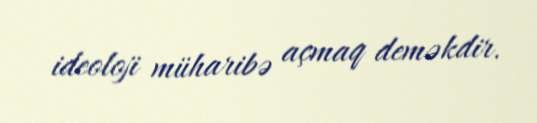
ideoloji müharibə açmaq deməkdir.